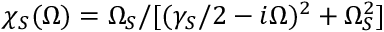
\chi _ { S } ( \Omega ) = \Omega _ { S } / [ ( \gamma _ { S } / 2 - i \Omega ) ^ { 2 } + \Omega _ { S } ^ { 2 } ]